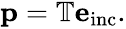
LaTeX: \begin{array}{r}{\mathbf{p}=\mathbb{T}\mathbf{e}_{\mathrm{inc}}.}\end{array}